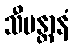
သီမန္တာနံ